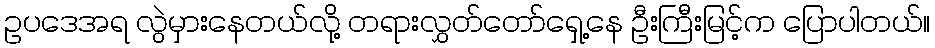
ဥပဒေအရ လွဲမှားနေတယ်လို့ တရားလွှတ်တော်ရှေ့နေ ဦးကြီးမြင့်က ပြောပါတယ်။